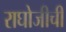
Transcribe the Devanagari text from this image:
राघोजीची